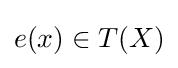
e(x)\in T(X)